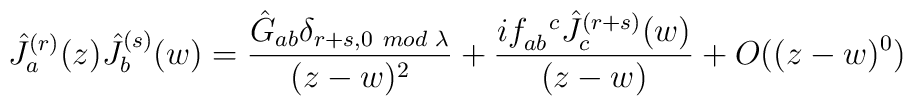
\hat{J}^{(r)}_a(z)\hat{J}^{(s)}_b(w)=\frac{\hat{G}_{ab}\delta_{r+s,0\hspace{.05in}mod\hspace{.04in}\lambda}}{(z-w)^2}+\frac{if_{ab}^{ \ \ c}\hat{J}_c^{(r+s)}(w)}{(z-w)} + O((z-w)^0)